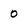
Character: 0